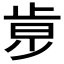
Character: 𣥶